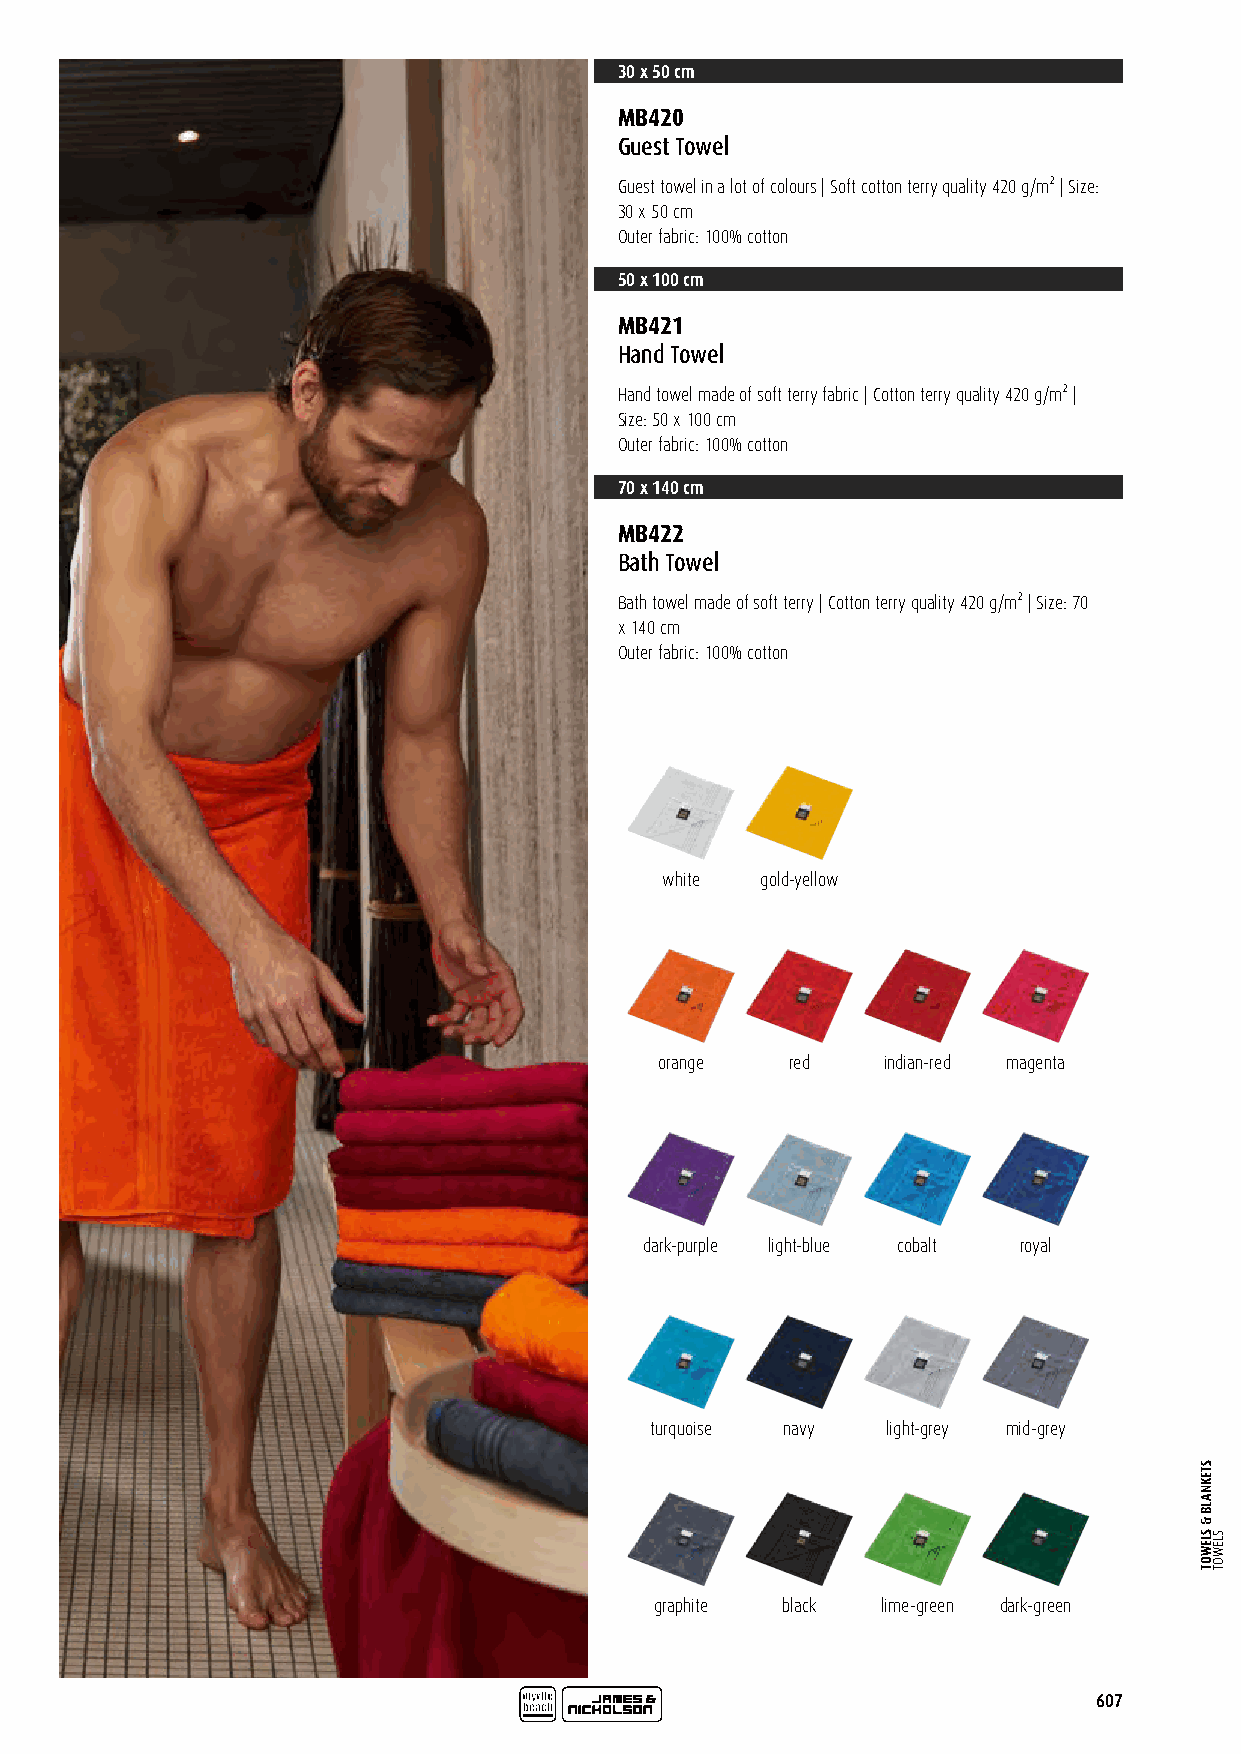
30 x 50 cm
 MB420
 Guest Towel
 Guest towel in a lot of colours | Soft cotton terry quality 420 g/m² | Size:
 30 x 50 cm
 Outer fabric: 100% cotton
 50 x 100 cm
 MB421
 Hand Towel
 Hand towel made of soft terry fabric | Cotton terry quality 420 g/m² |
 Size: 50 x 100 cm
 Outer fabric: 100% cotton
 70 x 140 cm
 MB422
 Bath Towel
 Bath towel made of soft terry | Cotton terry quality 420 g/m² | Size: 70
 x 140 cm
 Outer fabric: 100% cotton
 white gold-yellow
 orange  red   indian-red magenta
 dark-purple light-blue cobalt royal
 turquoise navy  light-grey mid-grey
 graphite black lime-green dark-green
 607
 STEKNALB
 &
 SLEWOT SLEWOT